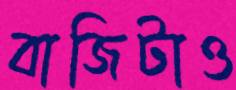
বাজিটাও